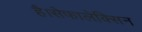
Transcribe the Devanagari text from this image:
है।सेफालेक्सिन